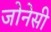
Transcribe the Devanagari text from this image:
जोनेसी